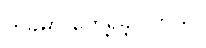
တခုမှာ တွေ့ရှိခဲ့ပါတယ်။